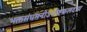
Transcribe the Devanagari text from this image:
भक्तसंघमनोऽभीष्टफलदाय